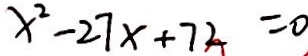
x ^ { 2 } - 2 7 x + 7 2 = 0